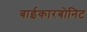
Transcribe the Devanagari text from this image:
बाईकारबोनिट